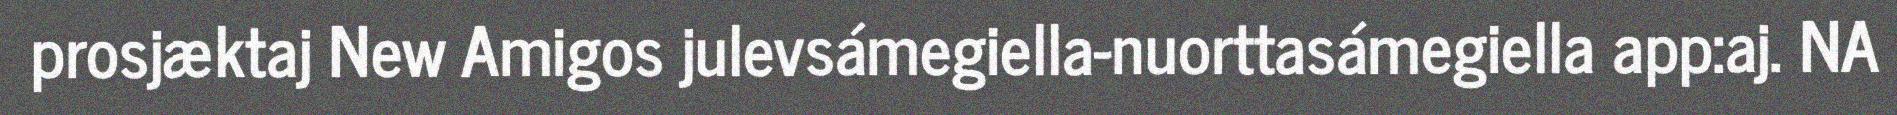
prosjæktaj New Amigos julevsámegiella-nuorttasámegiella app:aj. NA